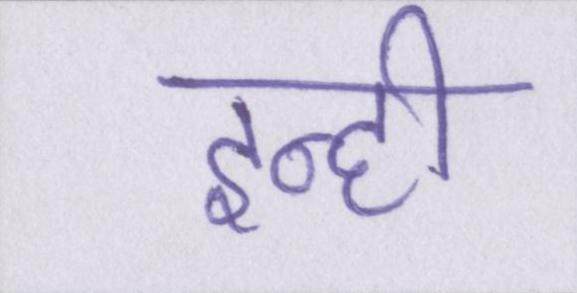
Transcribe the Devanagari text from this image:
इन्ही